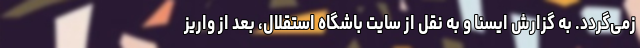
زمی‌گردد. به گزارش ایسنا و به نقل از سایت باشگاه استقلال، بعد از واریز